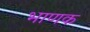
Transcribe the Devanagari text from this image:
भाणक